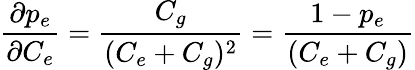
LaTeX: \frac{\partial p_{e}}{\partial C_{e}}=\frac{C_{g}}{(C_{e}+C_{g})^{2}}=\frac{1-p_{e}}{(C_{e}+C_{g})}